Report on vaccination North-West Frontier Province 1904-1922 - 1904-1922
Year: 1904
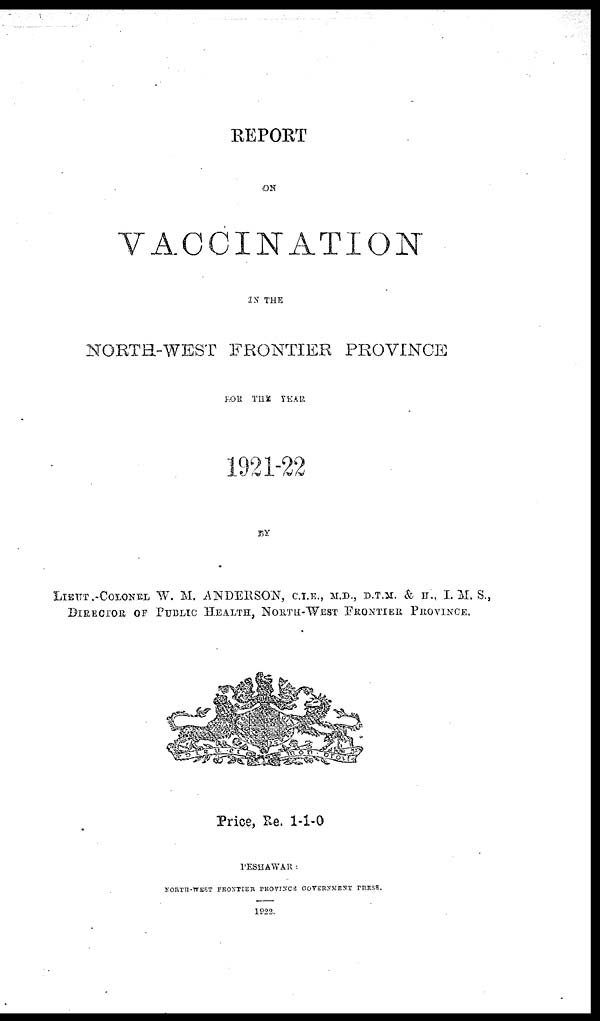
REPORT
ON
VACCINATION
IN THE
NORTH-WEST FRONTIER PROVINCE
FOR
THE
YEAR
1921-22
BY
LIEUT.-COLONEL W. M. ANDERSON, C.I.E., M.D., D.T.M. & H. I. M. S.,
DIRECTOR OF PUBLIC HEALTH, NORTH-WEST FRONTIER PROVINCE.
Price, Re. 1-1-0
PESHAWAR :
NORTH-WEST FRONTIER PROVINCE GOVERNMENT PRESS.
1922.